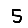
Digit: 5